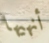
أنهيها